Indian journal of veterinary science and animal husbandry - Volumes 18-21, 1948-1951
Year: 1948
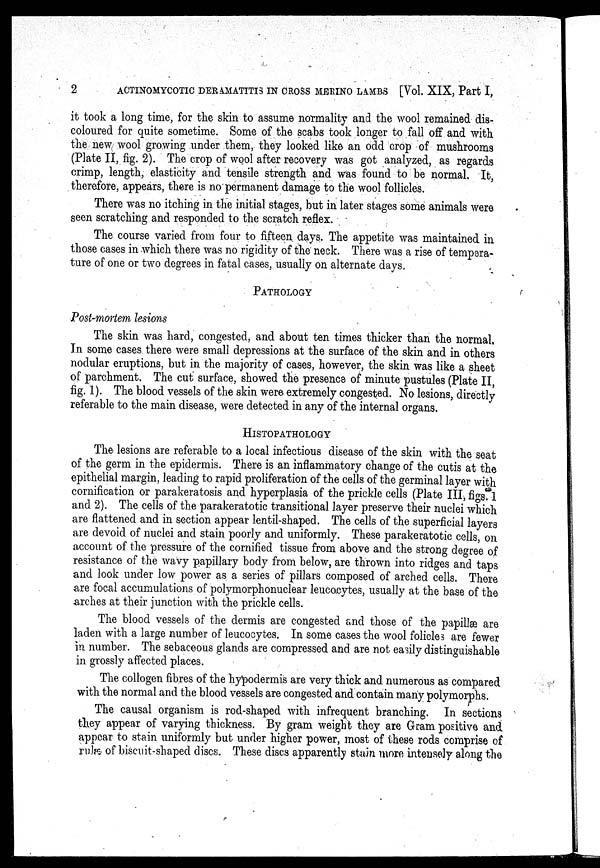
2
ACTINOMYCOTIC DERAMATITIS IN CROSS MERINO LAMBS [Vol. XIX, Part I,
it took a long time, for the skin to assume normality and the wool remained dis-
coloured for quite sometime. Some of the scabs took longer to fall off and with
the new wool growing under them, they looked like an odd crop of mushrooms
(Plate II, fig. 2). The crop of wool after recovery was got analyzed, as regards
crimp, length, elasticity and tensile strength and was found to be normal. It,
therefore, appears, there is no permanent damage to the wool follicles.
There was no itching in the initial stages, but in later stages some animals were
seen scratching and responded to the scratch reflex.
The course varied from four to fifteen days. The appetite was maintained in
those cases in which there was no rigidity of the neck. There was a rise of tempera-
ture of one or two degrees in fatal cases, usually on alternate days.
PATHOLOGY
Post-mortem lesions
The skin was hard, congested, and about ten times thicker than the normal.
In some cases there were small depressions at the surface of the skin and in others
nodular eruptions, but in the majority of cases, however, the skin was like a sheet
of parchment. The cut surface, showed the presence of minute pustules (Plate II,
fig. 1). The blood vessels of the skin were extremely congested. No lesions, directly
referable to the main disease, were detected in any of the internal organs.
HISTOPATHOLOGY
The lesions are referable to a local infectious disease of the skin with the seat
of the germ in the epidermis. There is an inflammatory change of the cutis at the
epithelial margin, leading to rapid proliferation of the cells of the germinal layer with
cornification or parakeratosis and hyperplasia of the prickle cells (Plate III, figs. 1
and 2). The cells of the parakeratotic transitional layer preserve their nuclei which
are flattened and in section appear lentil-shaped. The cells of the superficial layers
are devoid of nuclei and stain poorly and uniformly. These parakeratotic cells, on
account of the pressure of the cornified tissue from above and the strong degree of
resistance of the wavy papillary body from below, are thrown into ridges and taps
and look under low power as a series of pillars composed of arched cells. There
are focal accumulations of polymorphonuclear leucocytes, usually at the base of the
arches at their junction with the prickle cells.
The blood vessels of the dermis are congested and those of the papillæ are
laden with a large number of leucocytes. In some cases the wool folicles are fewer
in number. The sebaceous glands are compressed and are not easily distinguishable
in grossly affected places.
The collogen fibres of the hypodermis are very thick and numerous as compared
with the normal and the blood vessels are congested and contain many polymorphs.
The causal organism is rod-shaped with infrequent branching. In sections
they appear of varying thickness. By gram weight they are Gram positive and
appear to stain uniformly but under higher power, most of these rods comprise of
rules of biscuit-shaped discs. These discs apparently stain more intensely along the